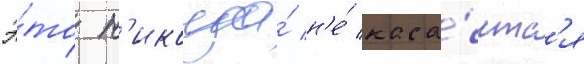
Э́то н'икогда́ н'е́ каса́етс'я